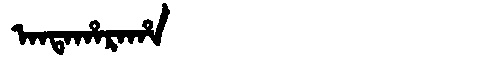
Manchu: ᠠᠨᡨᠠᡥᠠᡵᠠᡥᠠ
Romanization: ANTAHARAHA